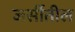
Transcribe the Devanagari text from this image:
जर्सीतील